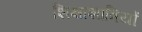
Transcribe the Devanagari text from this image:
शिक्षाशात्रियों